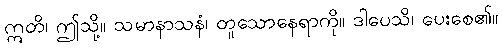
ဣတိ၊ ဤသို့။ သမာနာသနံ၊ တူသောနေရာကို။ ဒါပေသိ၊ ပေးစေ၏။